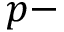
p -